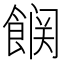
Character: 𮩆